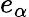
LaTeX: e_{\alpha}